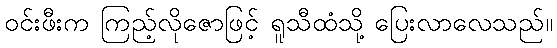
ဝင်းဖီးက ကြည့်လိုဇောဖြင့် ရူသီထံသို့ ပြေးလာလေသည်။